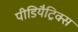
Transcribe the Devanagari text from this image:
पीडियैट्रिक्स